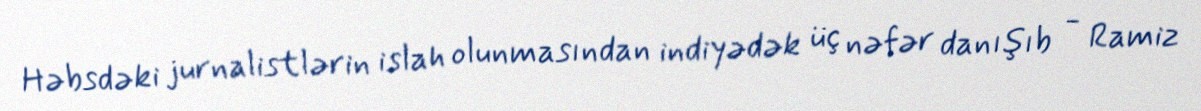
Həbsdəki jurnalistlərin islah olunmasından indiyədək üç nəfər danışıb - Ramiz